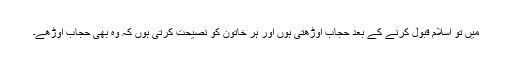
میں تو اسلام قبول کرنے کے بعد حجاب اوڑھتی ہوں اور ہر خاتون کو نصیحت کرتی ہوں کہ وہ بھی حجاب اوڑھے۔